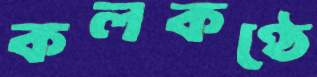
কলকণ্ঠে